Scientific memoirs by medical officers of the Army of India - Part XII,
Year: 1901
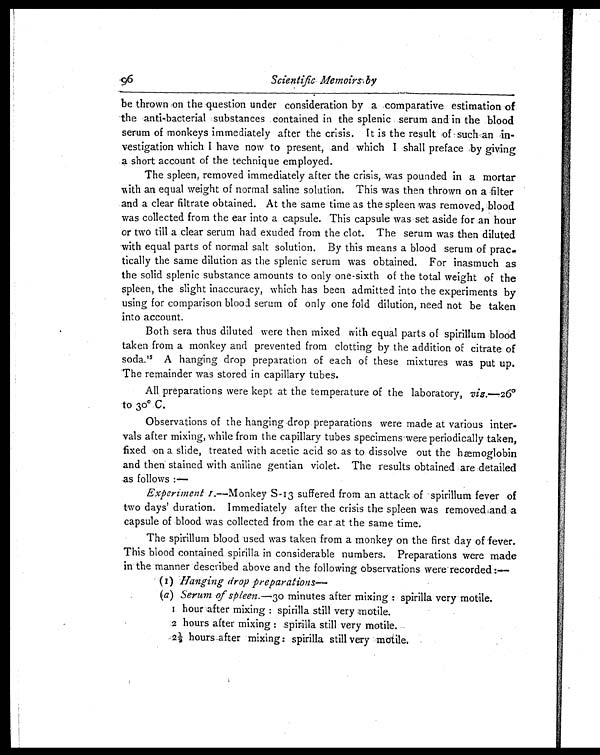
96
Scientific Memoirs by
be thrown on the question under consideration by a comparative estimation of
the anti-bacterial substances contained in the splenic serum and in the blood
serum of monkeys immediately after the crisis. It is the result of such an in-
vestigation which I have now to present, and which I shall preface by giving
a short account of the technique employed.
The spleen, removed immediately after the crisis, was pounded in a mortar
with an equal weight of normal saline solution. This was then thrown on a filter
and a clear filtrate obtained. At the same time as the spleen was removed, blood
was collected from the ear into a capsule. This capsule was set aside for an hour
or two till a clear serum had exuded from the clot. The serum was then diluted
with equal parts of normal salt solution. By this means a blood serum of pra
ctically the same dilution as the splenic serum was obtained. For inasmuch as
the solid splenic substance amounts to only one-sixth of the total weight of the
spleen, the slight inaccuracy, which has been admitted into the experiments by
using for comparison blood serum of only one fold dilution, need not be taken
into account.
Both sera thus diluted were then mixed with equal parts of spirillum blood
taken from a monkey and prevented from clotting by the addition of citrate of
soda.15 A hanging drop preparation of each of these mixtures was put up.
The remainder was stored in capillary tubes.
All preparations were kept at the temperature of the laboratory, viz.—26°t
o 30° C.
Observations of the hanging drop preparations were made at various inter-
vals after mixing, while from the capillary tubes specimens were periodically taken,
fixed on a slide, treated with acetic acid so as to dissolve out the hæmoglobin
and then stained with aniline gentian violet. The results obtained are detailed
as follows :—
Experiment 1.—Monkey S-13 suffered from an attack of spirillum fever of
two days' duration. Immediately after the crisis the spleen was removed and a
capsule of blood was collected from the car at the same time.
The spirillum blood used was taken from a monkey on the first day of fever.
This blood contained spirilla in considerable numbers. Preparations were made
in the manner described above and the following observations were recorded:—
( 1 ) Hanging drop preparations—
(a) Serum of spleen.— 30 minutes after mixing : spirilla very motile.
1 hour after mixing : spirilla still very motile.
2 hours after mixing : spirilla still very motile.
2 ½ hours after mixing: spirilla still very motile.